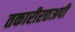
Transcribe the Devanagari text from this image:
तकारीरछअपी